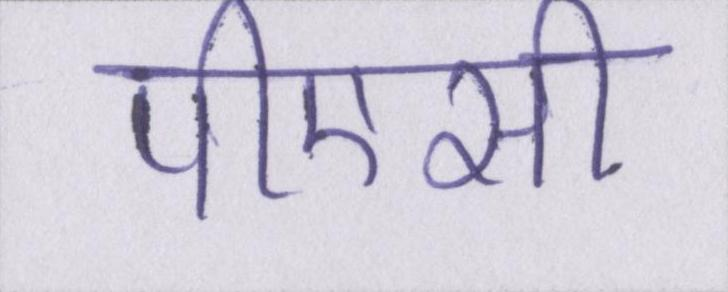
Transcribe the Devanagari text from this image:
पीएसी